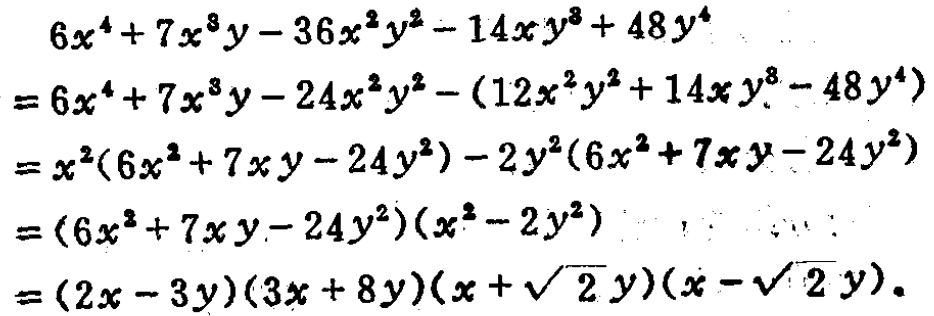
\begin{align*}
&6x^{4}+7x^{3}y - 36x^{2}y^{2}-14xy^{3}+48y^{4}\\
=&6x^{4}+7x^{3}y - 24x^{2}y^{2}-(12x^{2}y^{2}+14xy^{3}-48y^{4})\\
=&x^{2}(6x^{2}+7xy - 24y^{2})-2y^{2}(6x^{2}+7xy - 24y^{2})\\
=&(6x^{2}+7xy - 24y^{2})(x^{2}-2y^{2})\\
=&(2x - 3y)(3x + 8y)(x+\sqrt{2}y)(x-\sqrt{2}y).
\end{align*}